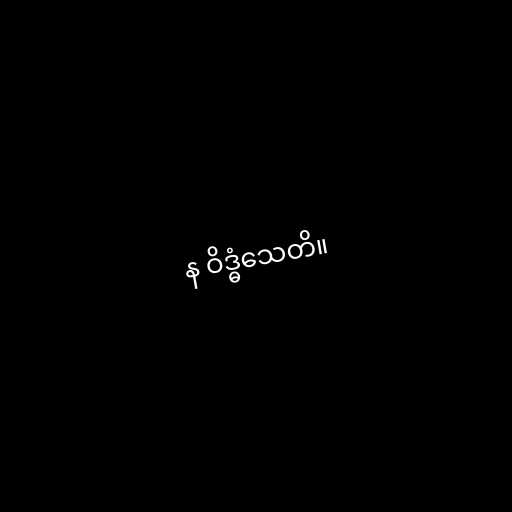
န ဝိဒ္ဓံသေတိ။